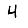
Digit: 4